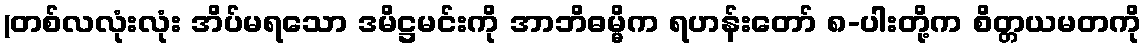
(တစ်လလုံးလုံး အိပ်မရသော ဒမိဋ္ဌမင်းကို အာဘိဓမ္မိက ရဟန်းတော် ၈-ပါးတို့က စိတ္တယမတကို